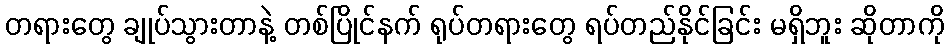
တရားတွေ ချုပ်သွားတာနဲ့ တစ်ပြိုင်နက် ရုပ်တရားတွေ ရပ်တည်နိုင်ခြင်း မရှိဘူး ဆိုတာကို